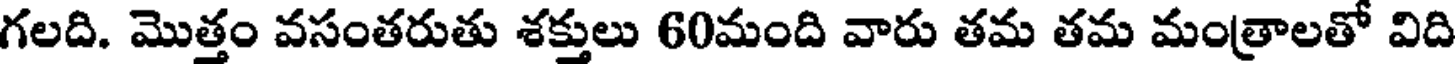
గలది. మొత్తం వసంతరుతు శక్తులు 60మంది వారు తమ తమ మంత్రాలతో విది